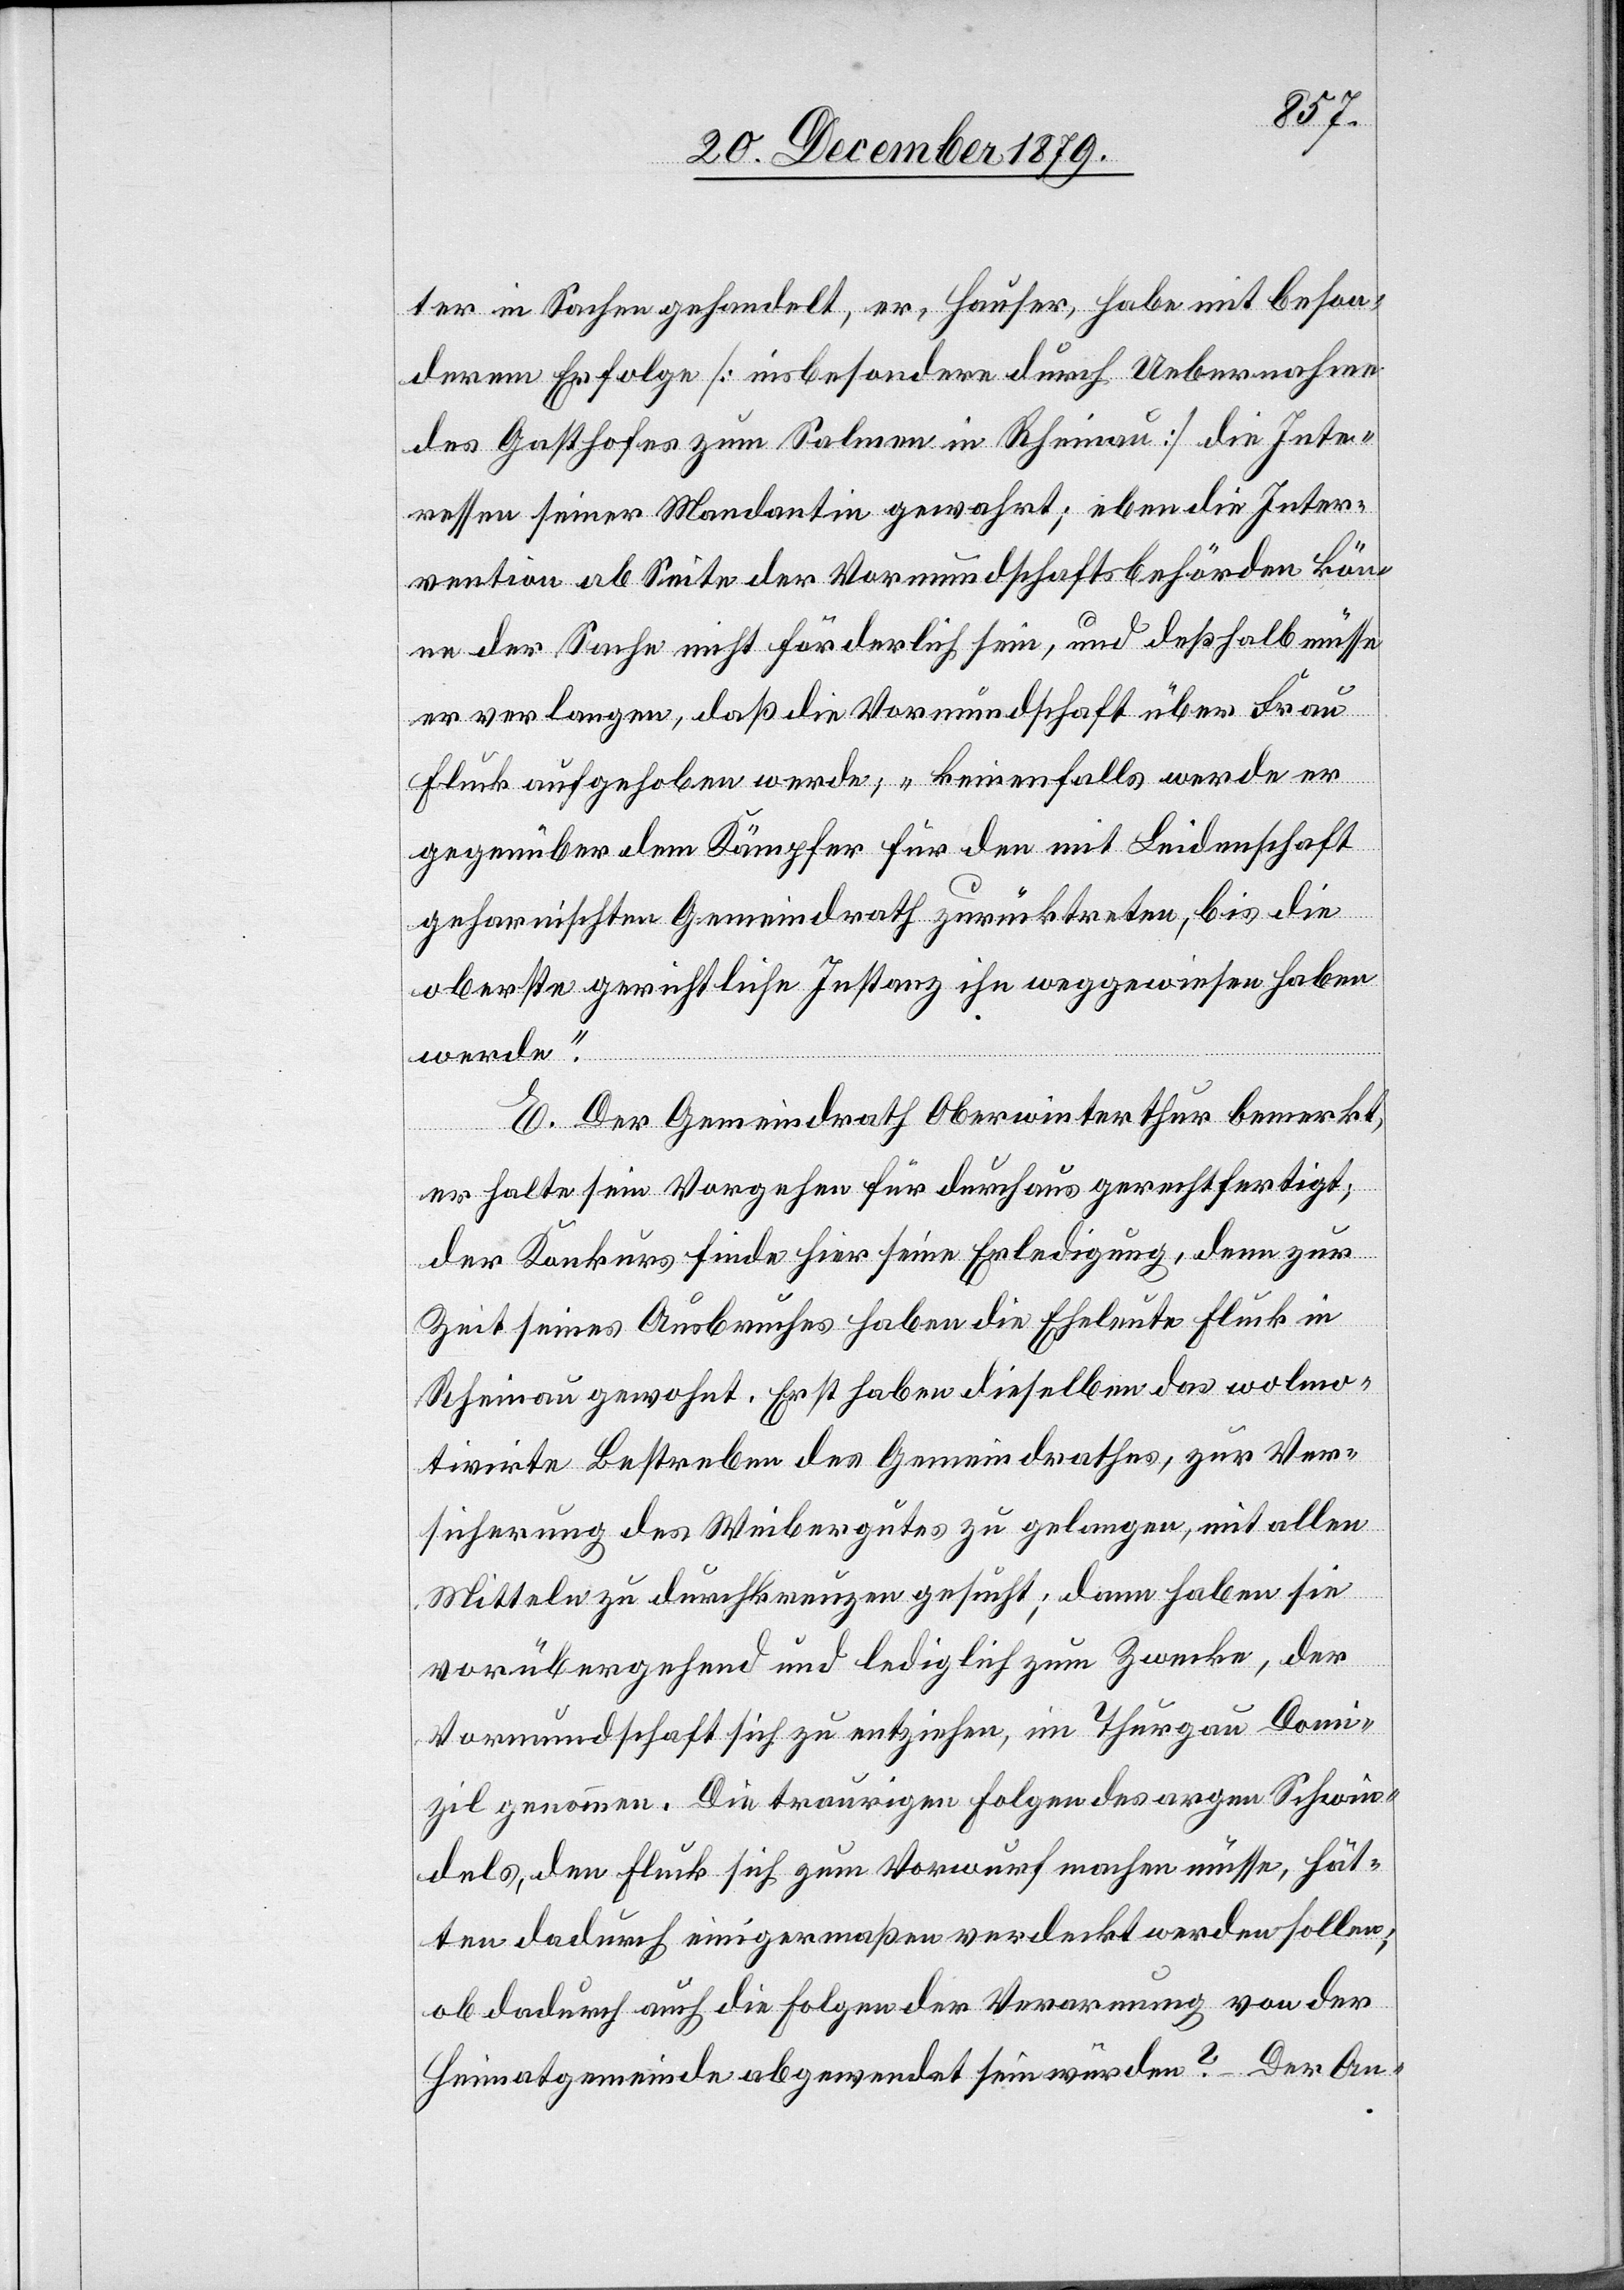
ter in Sachen gehandelt, er, Hauser, habe mit beson¬
derem Erfolge [insbesondere durch Uebernahme
des Gasthofes zum Salmen in Rheinau] die Inte¬
ressen seiner Mandantin gewahrt; eben die Inter¬
vention ab Seite der Vormundschaftsbehörden kön¬
ne der Sache nicht förderlich sein, und deßhalb müsse
er verlangen, daß die Vormundschaft über Frau
Fluck aufgehoben werde; „keinesfalls werde er
gegenüber dem Kämpfer für den mit Leidenschaft
geharnischten Gemeindrath zurücktreten, bis die
oberste gerichtliche Instanz ihn weggewiesen haben
werde“.
E. Der Gemeindrath Oberwinterthur bemerkt,
er halte sein Vorgehen für durchaus gerechtfertigt;
der Konkurs finde hier seine Erledigung, denn zur
Zeit seines Ausbruches haben die Eheleute Fluck in
Rheinau gewohnt. Erst haben dieselben das wolmo¬
tivirte Bestreben des Gemeindrathes, zur Ver¬
sicherung des Weibergutes zu gelangen, mit allen
Mitteln zu durchkreuzen gesucht; dann haben sie
vorübergehend und lediglich zum Zwecke, der
Vormundschaft sich zu entziehen, im Thurgau Domi¬
zil genommen. Die traurigen Folgen des argen Schwin¬
dels, den Fluck sich zum Vorwurf machen müsse, hät¬
ten dadurch einigermaßen verdeckt werden sollen;
ob dadurch auch die Folgen der Verwarnung von der
Heimatgemeinde abgewendet sein würden? Der An-